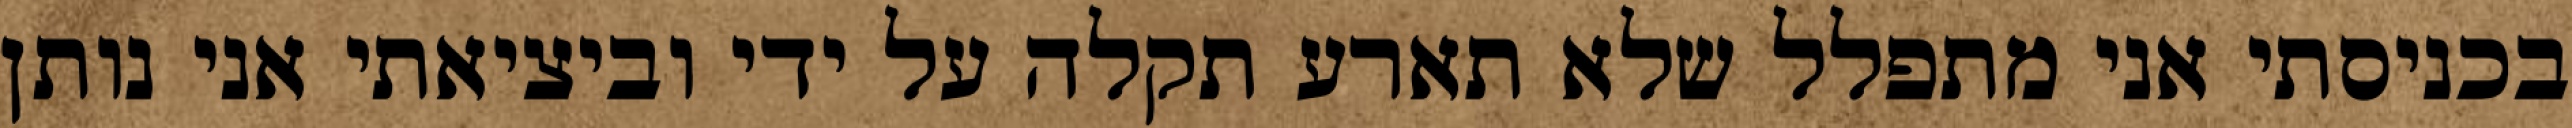
בכניסתי אני מתפלל שלא תארע תקלה על ידי וביציאתי אני נותן